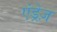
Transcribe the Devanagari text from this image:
एंड्रेज़